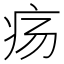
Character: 疡